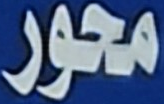
محور